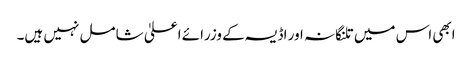
ابھی اس میں تلنگانہ اور اڈیسہ کے وزرائے اعلیٰ شامل نہیں ہیں۔